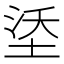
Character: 𪣡